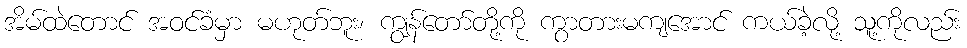
အိမ်ထဲတောင် အဝင်ခံမှာ မဟုတ်ဘူး၊ ကျွန်တော်တို့ကို ကွာတားမကျအောင် ကယ်ခဲ့လို့ သူ့ကိုလည်း